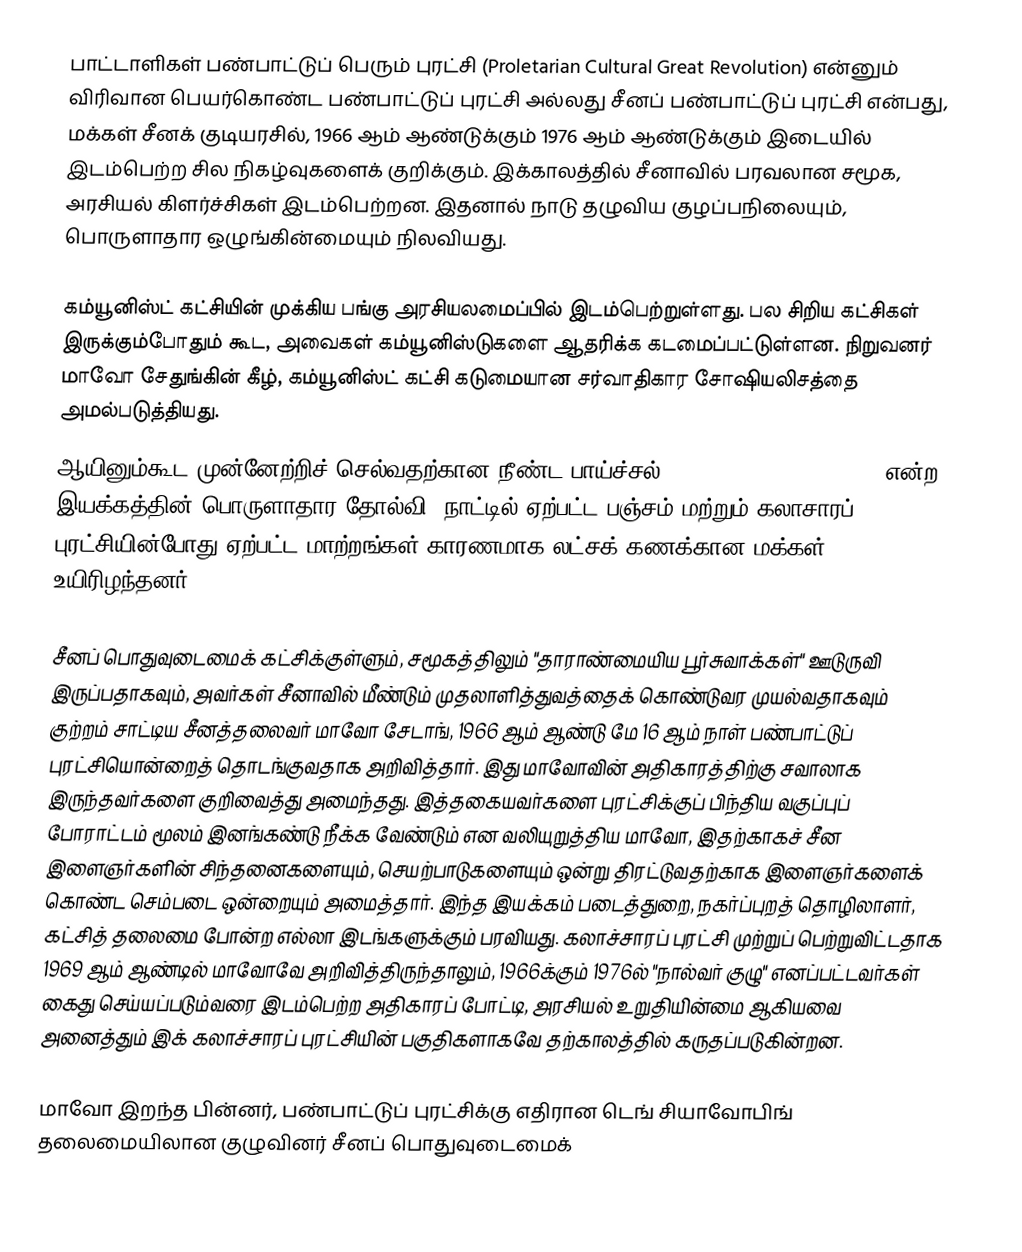
பாட்டாளிகள் பண்பாட்டுப் பெரும் புரட்சி (Proletarian Cultural Great Revolution) என்னும் விரிவான பெயர்கொண்ட பண்பாட்டுப் புரட்சி அல்லது சீனப் பண்பாட்டுப் புரட்சி என்பது, மக்கள் சீனக் குடியரசில், 1966 ஆம் ஆண்டுக்கும் 1976 ஆம் ஆண்டுக்கும் இடையில் இடம்பெற்ற சில நிகழ்வுகளைக் குறிக்கும். இக்காலத்தில் சீனாவில் பரவலான சமூக, அரசியல் கிளர்ச்சிகள் இடம்பெற்றன. இதனால் நாடு தழுவிய குழப்பநிலையும், பொருளாதார ஒழுங்கின்மையும் நிலவியது.

கம்யூனிஸ்ட் கட்சியின் முக்கிய பங்கு அரசியலமைப்பில் இடம்பெற்றுள்ளது. பல சிறிய கட்சிகள் இருக்கும்போதும் கூட, அவைகள் கம்யூனிஸ்டுகளை ஆதரிக்க கடமைப்பட்டுள்ளன. நிறுவனர் மாவோ சேதுங்கின் கீழ், கம்யூனிஸ்ட் கட்சி கடுமையான சர்வாதிகார சோஷியலிசத்தை அமல்படுத்தியது.
ஆயினும்கூட முன்னேற்றிச் செல்வதற்கான நீண்ட பாய்ச்சல்  (The Great Leap Forward) என்ற இயக்கத்தின் பொருளாதார தோல்வி, நாட்டில் ஏற்பட்ட பஞ்சம் மற்றும் கலாசாரப் புரட்சியின்போது ஏற்பட்ட மாற்றங்கள் காரணமாக லட்சக் கணக்கான மக்கள் உயிரிழந்தனர்.

சீனப் பொதுவுடைமைக் கட்சிக்குள்ளும், சமூகத்திலும் "தாராண்மையிய பூர்சுவாக்கள்" ஊடுருவி இருப்பதாகவும், அவர்கள் சீனாவில் மீண்டும் முதலாளித்துவத்தைக் கொண்டுவர முயல்வதாகவும் குற்றம் சாட்டிய சீனத்தலைவர் மாவோ சேடாங், 1966 ஆம் ஆண்டு மே 16 ஆம் நாள் பண்பாட்டுப் புரட்சியொன்றைத் தொடங்குவதாக அறிவித்தார். இது மாவோவின் அதிகாரத்திற்கு சவாலாக இருந்தவர்களை குறிவைத்து அமைந்தது. இத்தகையவர்களை புரட்சிக்குப் பிந்திய வகுப்புப் போராட்டம் மூலம் இனங்கண்டு நீக்க வேண்டும் என வலியுறுத்திய மாவோ, இதற்காகச் சீன இளைஞர்களின் சிந்தனைகளையும், செயற்பாடுகளையும் ஒன்று திரட்டுவதற்காக இளைஞர்களைக் கொண்ட செம்படை ஒன்றையும் அமைத்தார். இந்த இயக்கம் படைத்துறை, நகர்ப்புறத் தொழிலாளர், கட்சித் தலைமை போன்ற எல்லா இடங்களுக்கும் பரவியது. கலாச்சாரப் புரட்சி முற்றுப் பெற்றுவிட்டதாக 1969 ஆம் ஆண்டில் மாவோவே அறிவித்திருந்தாலும், 1966க்கும் 1976ல் "நால்வர் குழு" எனப்பட்டவர்கள் கைது செய்யப்படும்வரை இடம்பெற்ற அதிகாரப் போட்டி, அரசியல் உறுதியின்மை ஆகியவை அனைத்தும் இக் கலாச்சாரப் புரட்சியின் பகுதிகளாகவே தற்காலத்தில் கருதப்படுகின்றன.

மாவோ இறந்த பின்னர், பண்பாட்டுப் புரட்சிக்கு எதிரான டெங் சியாவோபிங் தலைமையிலான குழுவினர் சீனப் பொதுவுடைமைக்